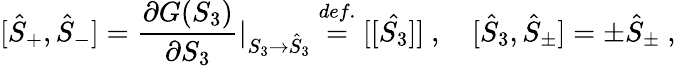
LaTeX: [\hat{S}_{+},\hat{S}_{-}]=\displaystyle\frac{\partial G(S_{3})}{\partial S_{3}}\vert_{S_{3}\to\hat{S}_{3}}\stackrel{def.}{=}[[\hat{S_{3}}]]~,~~~~[\hat{S}_{3},\hat{S}_{\pm}]=\pm\hat{S}_{\pm}~,